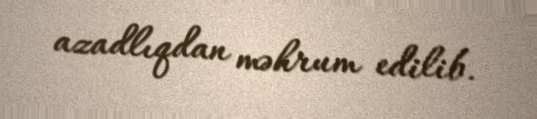
azadlıqdan məhrum edilib.